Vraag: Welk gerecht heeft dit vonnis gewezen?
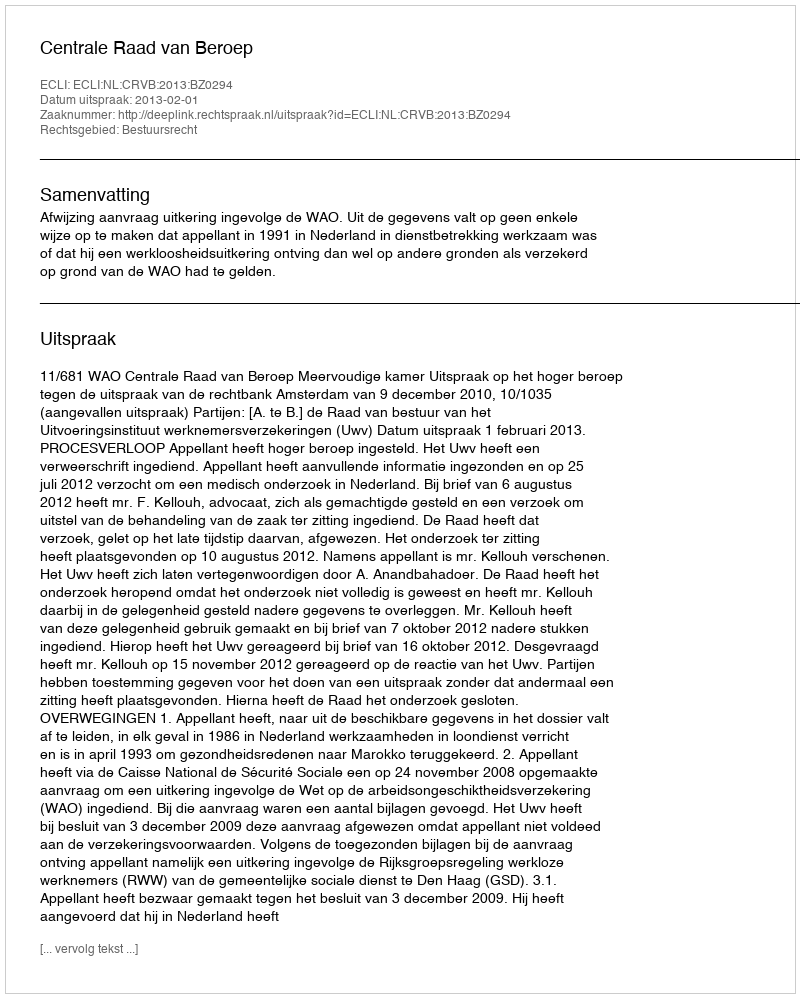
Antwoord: Centrale Raad van Beroep